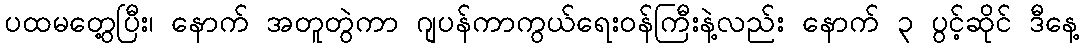
ပထမတွေ့ပြီး၊ နောက် အတူတွဲကာ ဂျပန်ကာကွယ်ရေးဝန်ကြီးနဲ့လည်း နောက် ၃ ပွင့်ဆိုင် ဒီနေ့